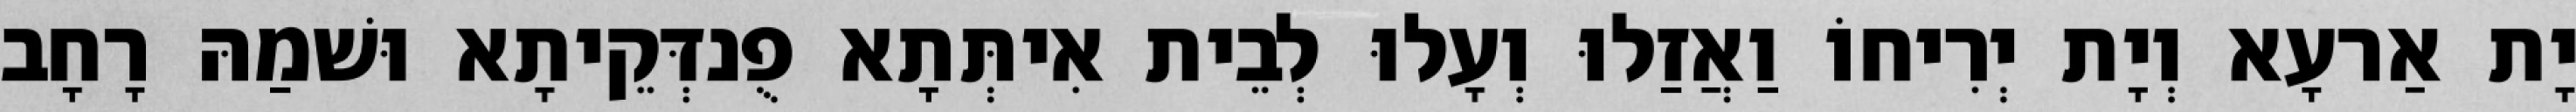
יָת אַרעָא וְיָת יְרִיחוֹ וַאֲזַלוּ וְעָלוּ לְבֵית אִיתְּתָא פֻנדְּקֵיתָא וּשׁמַהּ רָחָב